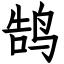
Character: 鹄